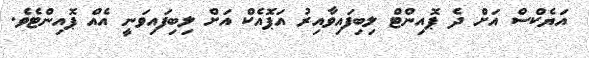
އަޔެކްސް އަށް ދެ ޕޮއިންޓް ލިބިފައިވާއިރު އަޕޮއެކް އަށް ލިބިފައިވަނީ އެއް ޕޮއިންޓެވެ.